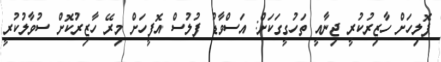
ޕޮލިހަށް ހާޒިރުކުރީ ޖިނާއީ ތަހުގީގަކަށް: އަސްވާޑު ފުލުސް އޮފީހަށް މިރޭ ހާޒިރުކޮށް ސުވާލުކުރީ